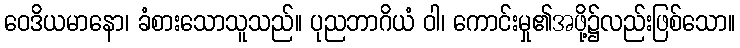
ဝေဒိယမာနော၊ ခံစားသောသူသည်။ ပုညဘာဂိယံ ဝါ၊ ကောင်းမှု၏အဖို့၌လည်းဖြစ်သော။